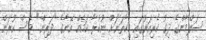
ސަލްމާންގެ ދިގު ކެރިއަރުގައި މިހާތަނަށް ނުކުރާ ކަމެއް އޭނާގެ "ދަރިން" ވެސް ކުރަން